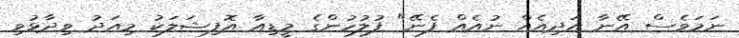
ނަމަވެސް އޭނާ އަދިއެއް ނުއެއް ފެނޭ" ފުލުހުންގެ މީޑިއާ އޮފިޝަލަކު މިއަދު ވިދާޅުވި